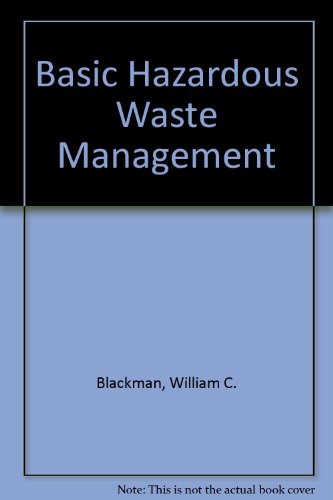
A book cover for Basic Hazardous Waste Management, Third Edition; William C. Blackman  Jr.; Science & Math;